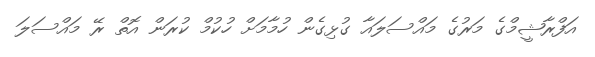
އަފްރާޝީމްގެ މަރުގެ މައްސަލައާ ގުޅިގެން ހުމާމަށް ހުކުމް ކުރަން އޮތް ރޭ މައްސަލަ